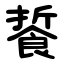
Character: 䭁